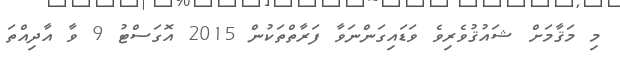
މި މަޤާމަށް ޝައުޤުވެރިވެ ވަޑައިގަންނަވާ ފަރާތްތަކުން 2015 އޮގަސްޓު 9 ވާ އާދިއްތަ